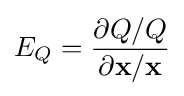
E_{Q}={\dfrac {\partial Q/Q}{\partial {\textbf {x}}/{\textbf {x}}}}